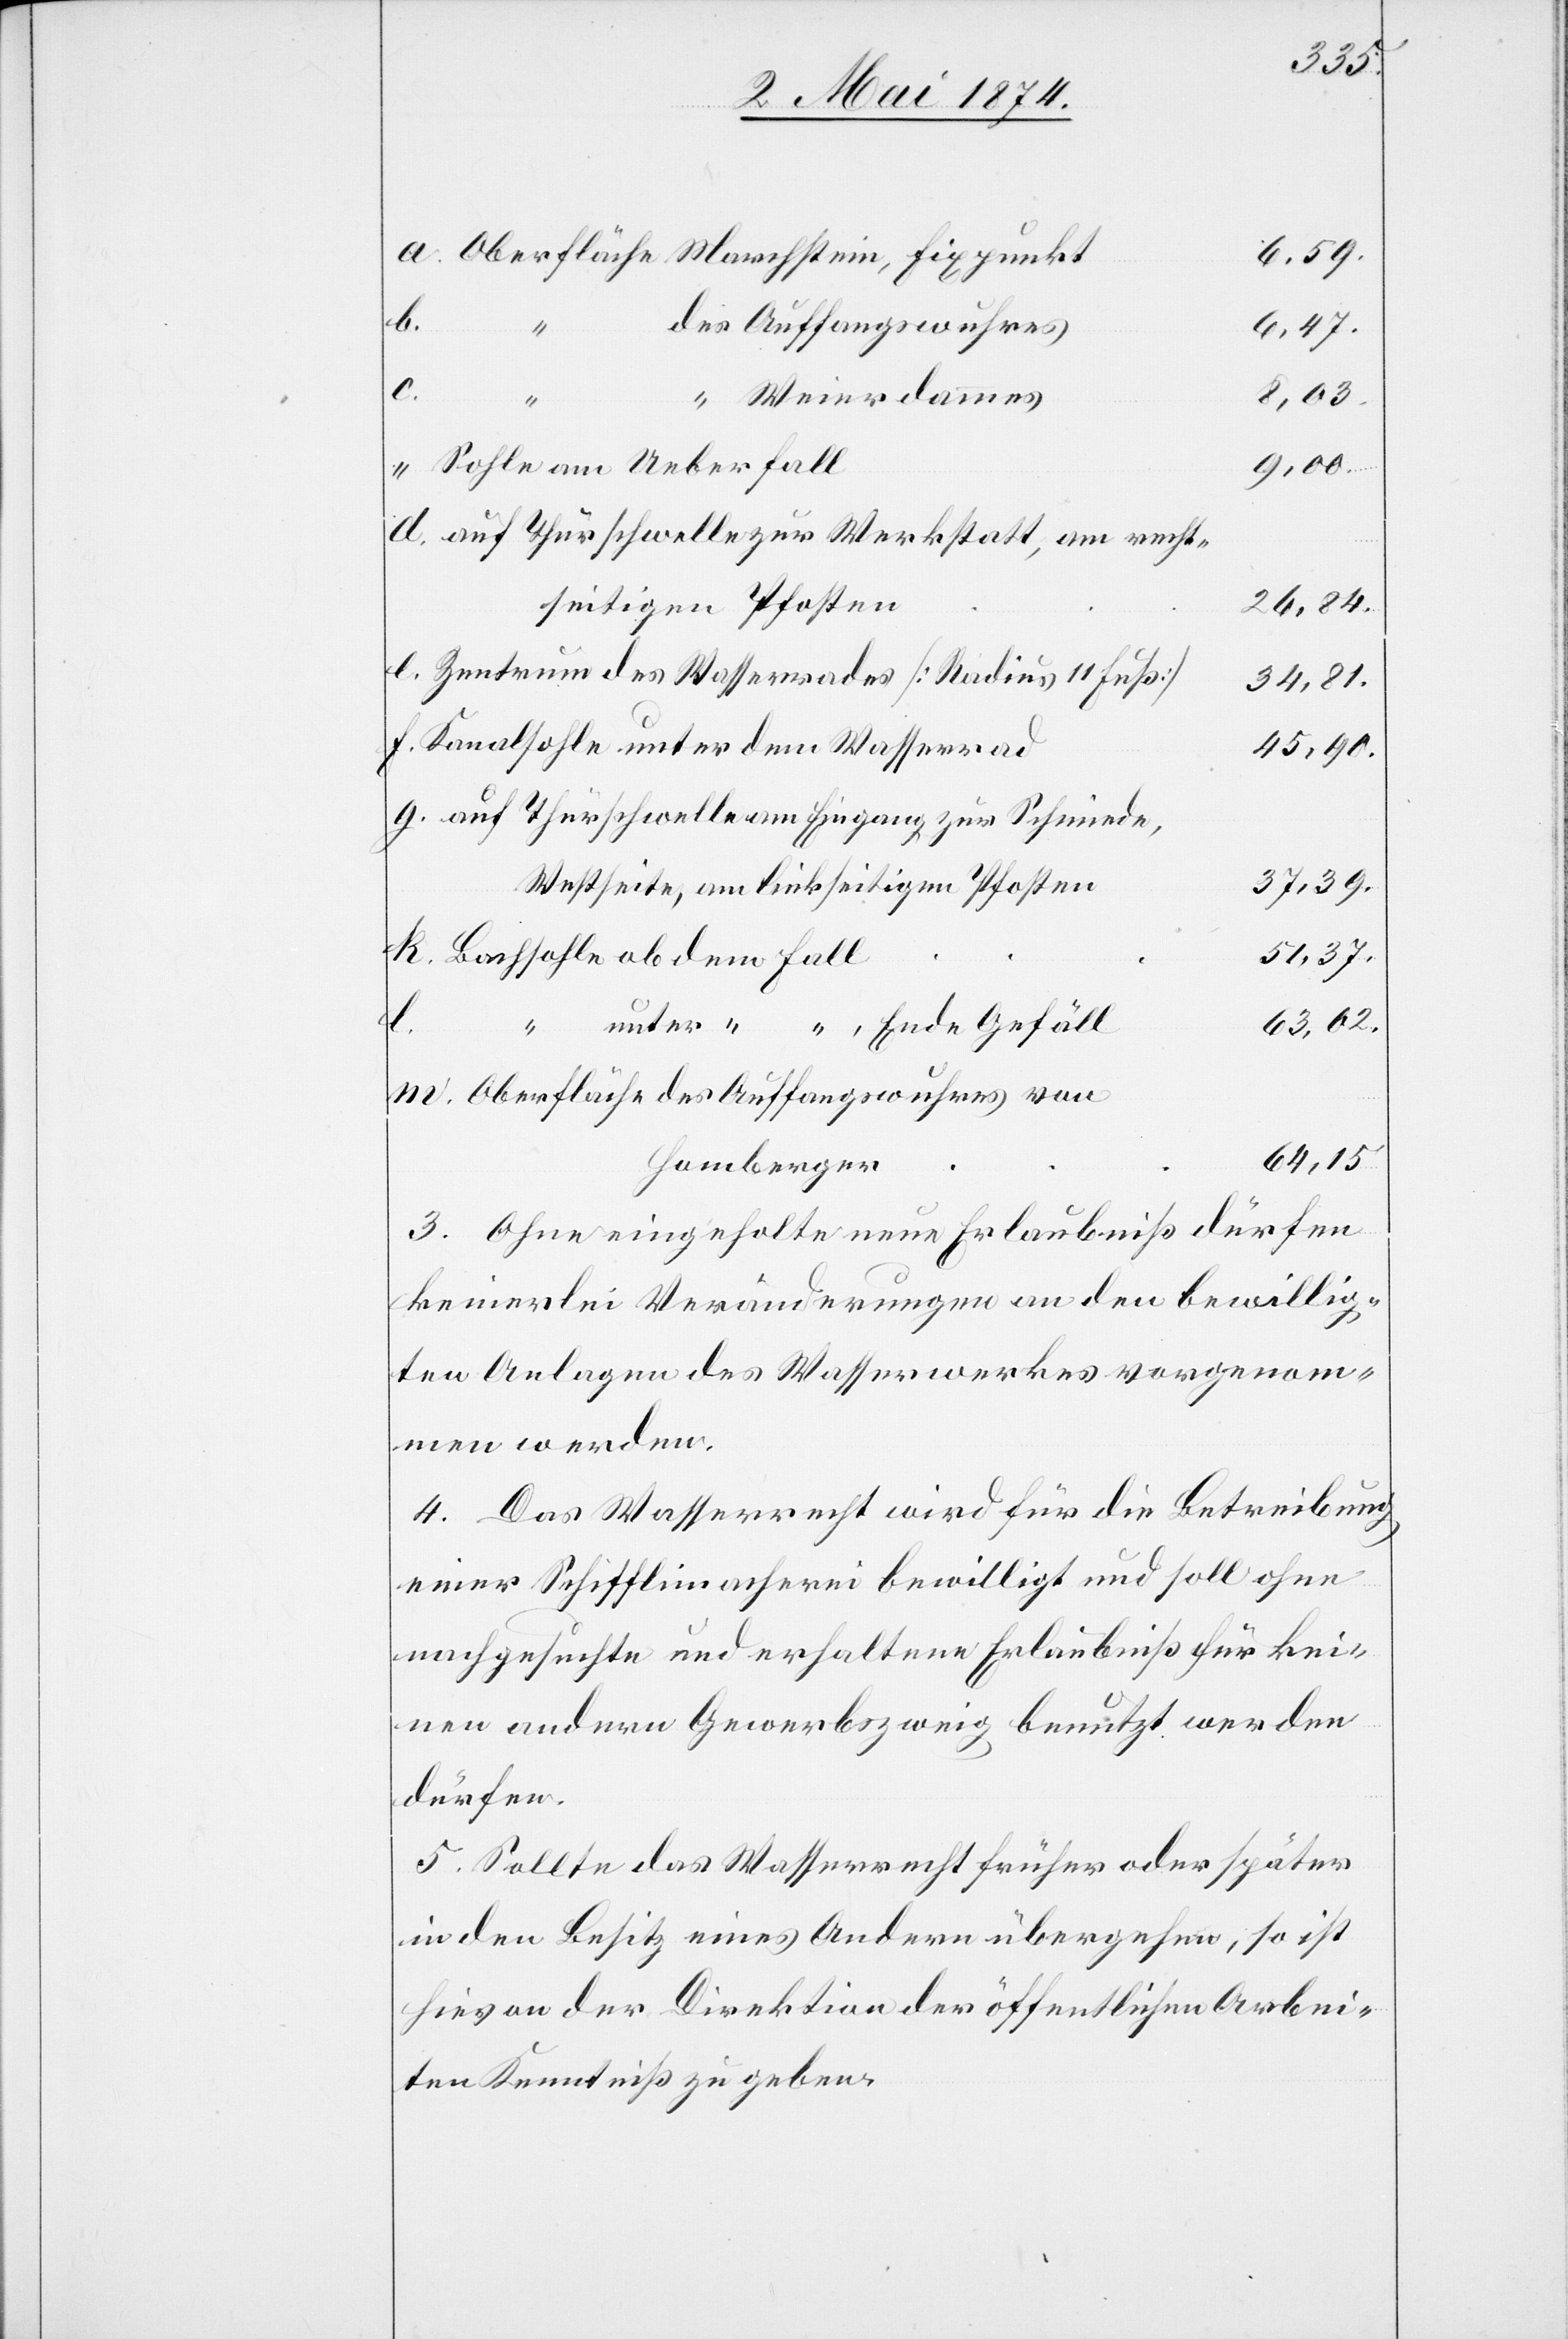
des
6,59.
b.
Weierdammes
8,03.
recht¬
26,84.
seitigen Pfosten
37,39.
Westseite, am linkseitigen Pfosten
51,37.
m.
63,62.
64,15.
Homberger
3. Ohne eingeholte neue Erlaubniß dürfen
keinerlei Veränderungen an den bewillig¬
ten Anlagen des Wasserwerkes vorgenom¬
men werden.
4. Das Wasserrecht wird für die Betreibung
einer Schifflimacherei bewilligt und soll ohne
nachgesuchte und erhaltene Erlaubniß für kei¬
nen andern Gewerbszweig benutzt werden
dürfen.
5. Sollte das Wasserrecht früher oder später
in den Besitz eines Andern übergehen, so ist
hievon der Direktion der öffentlichen Arbei¬
ten Kenntniß zu geben.